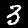
Digit: 3